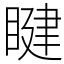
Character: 睷